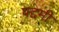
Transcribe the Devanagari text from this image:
पद्दमी